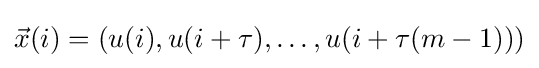
{\vec {x}}(i)=(u(i),u(i+\tau ),\ldots ,u(i+\tau (m-1)))